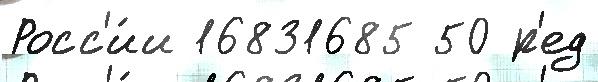
Росс'и́и 16831685 50 р'ед